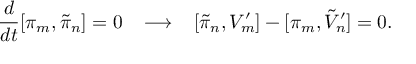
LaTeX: \frac { d } { d t } [ \pi _ { m } , \tilde { \pi } _ { n } ] = 0 \; \; \; \longrightarrow \; \; \; [ \tilde { \pi } _ { n } , V _ { m } ^ { \prime } ] - [ \pi _ { m } , \tilde { V } _ { n } ^ { \prime } ] = 0 .